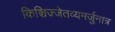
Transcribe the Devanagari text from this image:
किञ्चिज्जेतव्यमर्जुनात्र